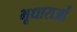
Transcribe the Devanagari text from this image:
भूधाराओं